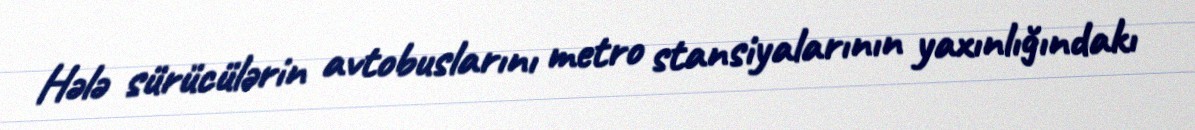
Hələ sürücülərin avtobuslarını metro stansiyalarının yaxınlığındakı